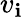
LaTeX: v_{\mathbf{i}}